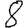
Digit: 8